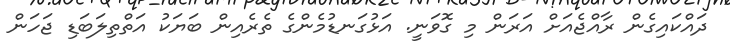
ދައްކައިގެން ރާއްޖެއަށް އަރަން މި ގޮވަނީ. އަޅުގަނޑުމެންގެ ތެރެއިން ބަޔަކު އަތްތިލަބަޑި ޖަހަން